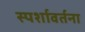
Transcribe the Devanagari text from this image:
स्पर्शावर्तना